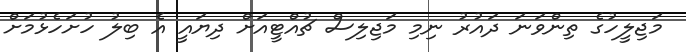
މަޖިލީހުގެ ތިންވަނަ ދައުރު ނިމި މަޖިލިސް ޗުއްޓީއަށް ދިޔައީ އެ ބިލު ހުށަހެޅުމަށް